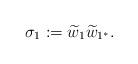
LaTeX: \begin{align*}\sigma_{1}:=\widetilde{w}_{1}\widetilde{w}_{1^{*}}.\end{align*}